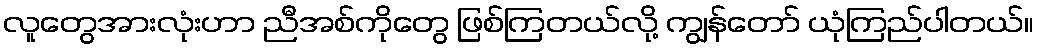
လူတွေအားလုံးဟာ ညီအစ်ကိုတွေ ဖြစ်ကြတယ်လို့ ကျွန်တော် ယုံကြည်ပါတယ်။